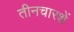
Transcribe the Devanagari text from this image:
तीनचारशें